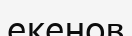
екенов